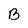
Character: B